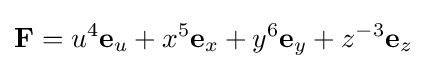
\mathbf {F} =u^{4}\mathbf {e} _{u}+x^{5}\mathbf {e} _{x}+y^{6}\mathbf {e} _{y}+z^{-3}\mathbf {e} _{z}